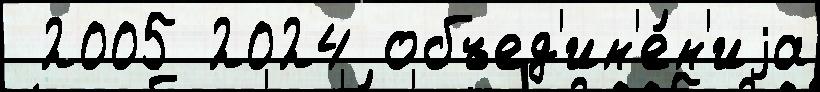
 2005 2024 объед'ин'е́н'иjа